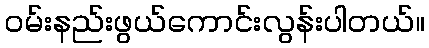
ဝမ်းနည်းဖွယ်ကောင်းလွန်းပါတယ်။